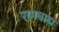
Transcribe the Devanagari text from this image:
रामबाढ़ा